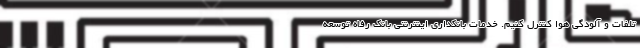
تلفات و آلودگی هوا کنترل کنیم. خدمات بانکداری اینترنتی بانک رفاه توسعه